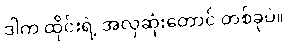
ဒါက ထိုင်းရဲ့ အလှဆုံးတောင် တစ်ခုပဲ။